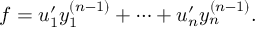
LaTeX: f = u _ { 1 } ^ { \prime } y _ { 1 } ^ { ( n - 1 ) } + \cdots + u _ { n } ^ { \prime } y _ { n } ^ { ( n - 1 ) } .